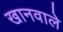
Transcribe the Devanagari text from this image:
खानवाले